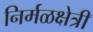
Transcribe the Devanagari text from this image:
निर्मळक्षेत्री